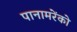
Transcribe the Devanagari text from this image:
पानामरेंको